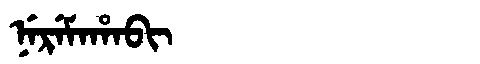
Manchu: ᠨᡝᡵᡝᠮᠠᡥᠠᠪᡳ
Romanization: NEREMAHABI